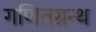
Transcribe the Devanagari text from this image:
गणितग्रन्थ